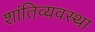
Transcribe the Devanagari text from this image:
शांतिव्यवस्था